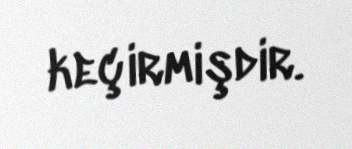
keçirmişdir.